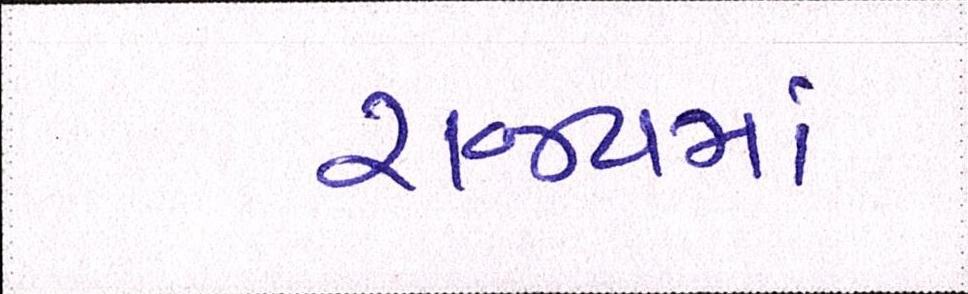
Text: રાજ્યમાં